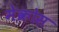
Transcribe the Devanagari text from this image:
मेक्रोस